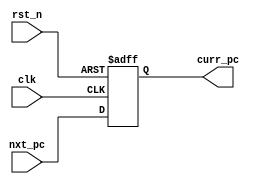
`timescale 1ns / 1ps
module pc(
		input clk,
		input rst_n,
		input [21:0] nxt_pc,
		output reg [21:0] curr_pc);
	
	// Implement the Program Counter
	always @ (posedge clk, negedge rst_n)
		if(!rst_n)
			curr_pc <= 0;
		else
			curr_pc <= nxt_pc;
	
	
endmodule